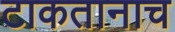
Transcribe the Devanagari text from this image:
टाकतानाच